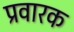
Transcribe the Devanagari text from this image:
प्रवारक